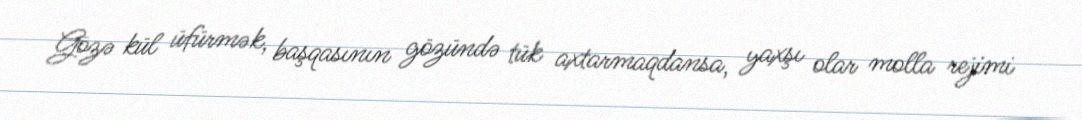
Gözə kül üfürmək, başqasının gözündə tük axtarmaqdansa, yaxşı olar molla rejimi